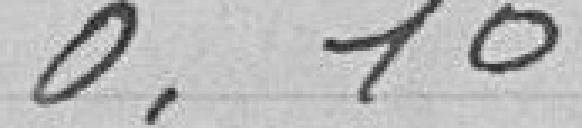
0.10